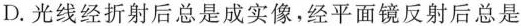
D.光线经折射后总是成实像，经平面镜反射后总是